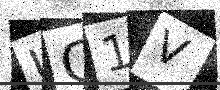
Text: UC1V